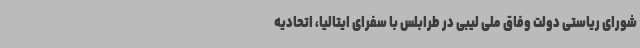
شورای ریاستی دولت وفاق ملی لیبی در طرابلس با سفرای ایتالیا، اتحادیه